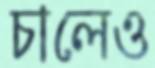
চালেও